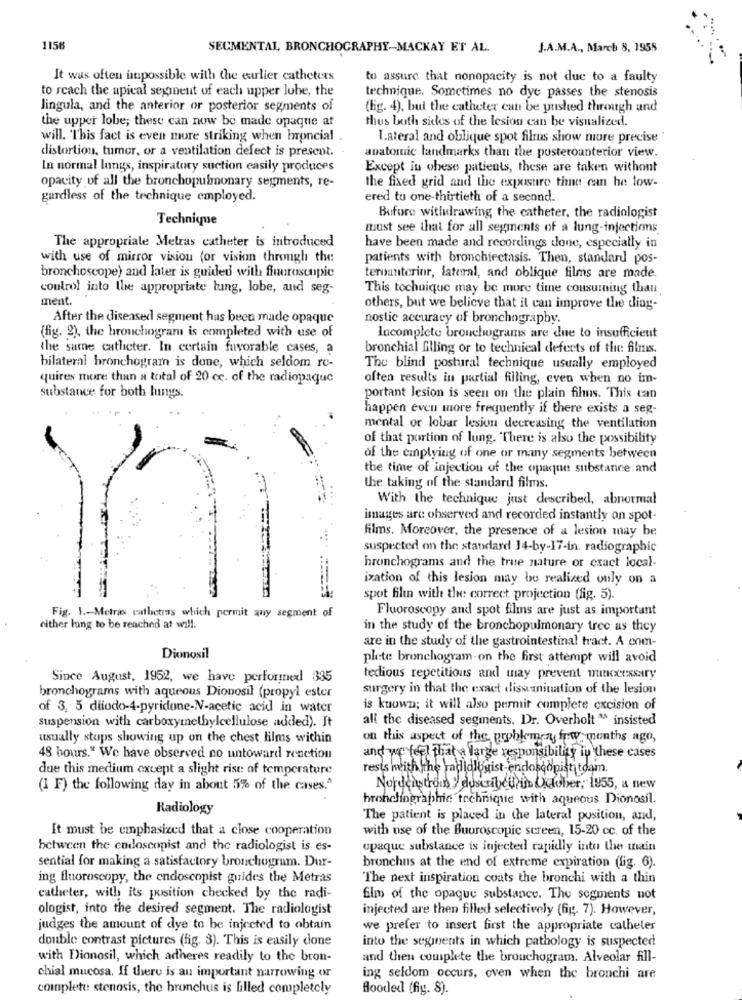
1156
SECMENTAL BRONCHOGRAPHY-MACKAY ET AL.
J.A.M.A ., March 8, 1958
It was often impossible with the eulier catheters
to assure that nonopacity is not due to a faulty
to reach the apical segspent of each upper lobe, the
technique. Sometimes no dye passes the stenosis
lingula, and the anterior or posterior segments of
(lig. 4), but the catheter can be pushed through and
the upper lobe; these can now be made opaque at
thus both sides of the lesion can be visualized.
will. This fact is even more striking when hroncial
I.ateral and oblique spot films show more precise'
distortion, tumor, or a ventilation defect is present.
anatomic landmarks than the posteroanterior view.
In normal lungs, inspiratory suction easily produces
Except in obese patients, these are taken withont
the fixed grid and the exposure time can he low-
opacity of all the bronchopulmonary segments, re-
gardless of the technique employed.
ered to one-thirtieth of a second.
Before withdrawing the catheter, the radiologist
Technique
must see that for all segments of a lung-injections
The appropriale Metras catheter is introduced
have been made and recordings done, especially in
with use of mirror vision for vision through the
patients with bronchiectasis. Then, standard pos-
bronchoscope) and later is guided with fluoroscopic
ternanterinr, lateral, and oblique films are made.
control into the appropriate tung, lobe, aud seg-
This tochuique may be more time consuming than
ment.
others, but we believe that il can improve the diag-
After the diseased segment has been made opaque
nostic accuracy of bronchography.
(fig. 2), the hrouchogram is completed with use of
locomplete bronchograms are due to insufficient
the same catheter. In certain favorable cases, a
bronchial filling or to technical defects of the films.
bilateral bronchogram is done, which seldom ro-
The blind postural technique usually employed
quires more than a total of 20 cc. of the radiopaque
often results in partial filling, even when no im-
substance for both lungs.
portant lesion is seen on the plain fihns. This can
happen even more frequently if there exists a seg-
mental or lobar lesion decreasing the ventilation
of that portion of lung. There is also the possibility
of the emptying of one or many segments between
the time of injection of the opaque substance and
the taking of the standard films.
With the technique just described, abnormal
images are observed and recorded instantly on spot-
films. Moreover, the presence of a lesion may be
suspected on the standard 14-by-17-in. radiographic
bronchograms and the true nature or exact local-
ization of this lesion may be realized only on a
spot film with the correct projection (fig. 5).
Fig. 1 .- Metras catheters which permit any segment of
Fluoroscopy and spot films are just as important
nither lung to be reached at will.
in the study of the bronchopulmonary tree as they
are in the study of the gastrointestinal tract. A com-
Dionosil
plete bronchogram-on the first attempt will avoid
Since August, 1952, we have performed 335
tedious repetitions and may prevent nunccessary
surgery in that the exact dissemination of the lesion
bronchograms with aqueous Dionosil (propyl ester
of 3, 5 diiodo-4-pyridone-N-acetic acid in water
is kuown; it will also permit complete excision of
suspension with carboxymethylcellulose added). It
all the diseased segments. Dr. Overholt " insisted
usually stops showing up on the chest lilms within
on this aspect of the problemy few months ago,
48 hours." We have observed no untoward reaction
and we feel that a large responsibility in these cases
due this medium except a slight rise of temperature
rests with the radiologist- endoscopist toam.
(1 F) the following day in about 5% of the cases.ª
Nordenstrons > duscribe trim Ckaober, 1955, a new
bronchingraphic technique with aqueous Dionosil.
Radiology
The patient is placed in the lateral position, and,
It must be emphasized that a close cooperation
with use of the Buuroscopic screen, 15-20 cc. of the
between the endosconist and the radiologist is es-
upaque substance is injected rapidly into the main
sential for making a satisfactory bronchogrum. Dur-
bronchus at the end of extreme expiration (fig. 6).
ing fluoroscopy, the endoscopist guides the Metras
The next inspiration coats the bronchi with a thin
catheter, with its position checked by the radi-
Elm of the opaque substance. The segments not
ologist, into the desired segment. The radiologist
injected are then filled selectively (fig. 7). However,
judges the amount of dye to be injected to obtain
we prefer to insert first the appropriate catheles
double contrast pictures (fig. 3). This is easily done
into the sesinents in which pathology is suspected
with Dionosil, which adheres readily to the bron-
and then complete the brouchogram. Alveolar fill-
chial mucosa. If there is an important narrowing or
ing seldom occurs, even when the bronchi are
complete stenosis, the bronchus is filled completely
flooded (fig. 8).